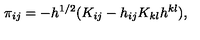
\pi _ { i j } = - h ^ { 1 / 2 } ( K _ { i j } - h _ { i j } K _ { k l } h ^ { k l } ) ,